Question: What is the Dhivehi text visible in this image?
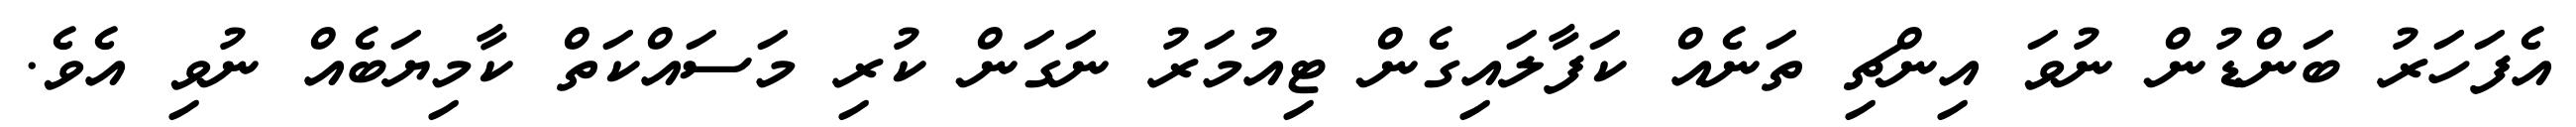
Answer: އެފަހަރު ބަންޑުން ނުވަ އިންޗި ތަނެއް ކަފާލައިގެން ޓިއުމަރު ނަގަން ކުރި މަސައްކަތް ކާމިޔަބެއް ނުވި އެވެ.